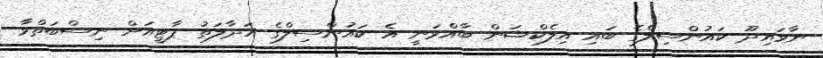
ނާވައިދޫ ކައުންސިލްގެ ބައި އިލެކްޝަން ބާއްވަނީ އެ ކައުންސިލްގެ އަދާލަތު ޕާޓީއަށް ނިސްބަތްވާ